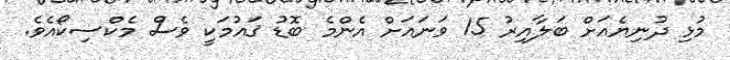
މުޅި ދުނިޔެއަށް ބަލާއިރު 15 ވަނައަށް އެންމެ ބޮޑު ޤައުމަކީ ވެސް މެކްސިކޯއެވެ.